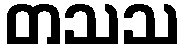
တသသ